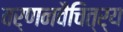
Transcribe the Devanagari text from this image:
वर्णनवैचित्र्य